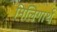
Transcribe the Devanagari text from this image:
मिलिगार्थ